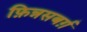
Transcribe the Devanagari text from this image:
फ़िन्नसबर्ग़